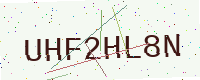
Text: UHF2HL8N